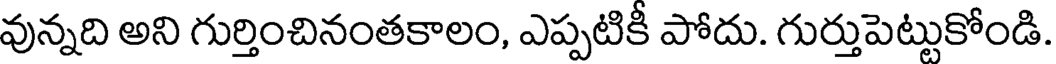
వున్నది అని గుర్తించినంతకాలం, ఎప్పటికీ పోదు. గుర్తుపెట్టుకోండి